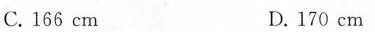
C. 166cm D. 170cm